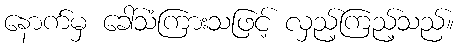
နောက်မှ ခေါ်သံကြားသဖြင့် လှည့်ကြည့်သည်။